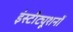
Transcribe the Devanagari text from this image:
इंस्टीट्यूशनों